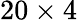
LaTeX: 20\times 4